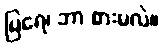
မြရေ၊ ဘာ စားမလဲ။